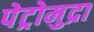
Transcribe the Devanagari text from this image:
पेट्रोमुद्रा